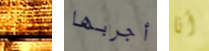
إذن أجربها أنا